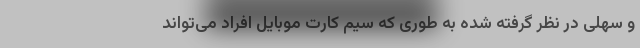
و سهلی در نظر گرفته شده به طوری که سیم کارت موبایل افراد می‌تواند